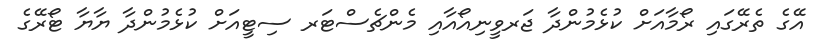
އޭގެ ތެރޭގައި ރޯމާއަށް ކުޅެމުންދާ ޖަރވީނިއޯއާއި މެންޗެސްޓަރ ސިޓީއަށް ކުޅެމުންދާ ޔާޔާ ޓޯރޭގެ